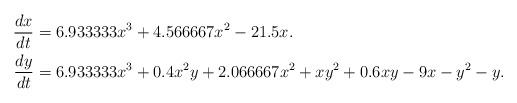
\begin{align*}\frac{dx}{dt} &= 6.933333x^3+4.566667x^2-21.5x.\\\frac{dy}{dt} & = 6.933333x^3+0.4x^2y+2.066667x^2+xy^2+0.6xy-9x-y^2-y.\\\end{align*}